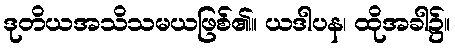
ဒုတိယအသိသမယဖြစ်၏။ ယဒါပန၊ ထိုအခါ၌။